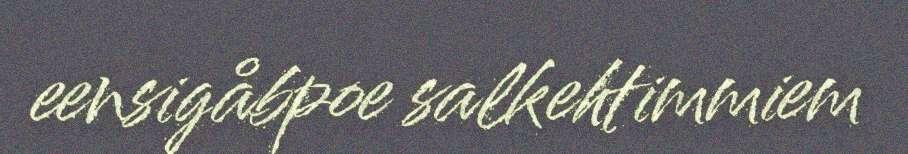
eensigåbpoe salkehtimmiem